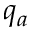
q _ { a }